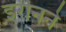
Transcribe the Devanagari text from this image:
इरीनने